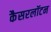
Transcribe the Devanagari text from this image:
कैसरलॉटन